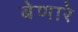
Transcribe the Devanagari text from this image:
बेणारे